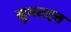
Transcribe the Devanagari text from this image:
सुभटदत्त